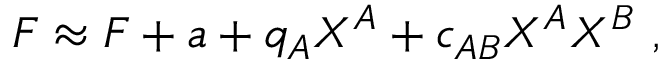
F \approx F + a + q _ { A } X ^ { A } + c _ { A B } X ^ { A } X ^ { B } \ ,